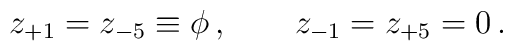
z_{+1} = z_{-5} \equiv \phi \, , \qquad z_{-1} = z_{+5} = 0 \, .